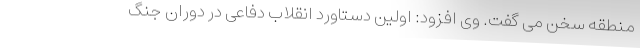
منطقه سخن می گفت. وی افزود: اولین دستاورد انقلاب دفاعی در دوران جنگ